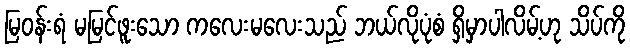
မြဝန်းရံ မမြင်ဖူးသော ကလေးမလေးသည် ဘယ်လိုပုံစံ ရှိမှာပါလိမ့်ဟု သိပ်ကို